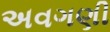
અવગણી